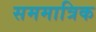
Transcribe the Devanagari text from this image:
सममात्रिक